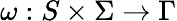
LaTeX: \omega:S\times\Sigma\rightarrow\Gamma